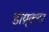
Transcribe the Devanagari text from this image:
डाय्र्क्टर